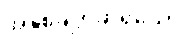
အနှစ်ချုပ်ဆိုရသော်